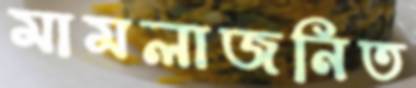
মামলাজনিত